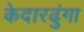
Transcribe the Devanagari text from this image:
केदारढुंगा